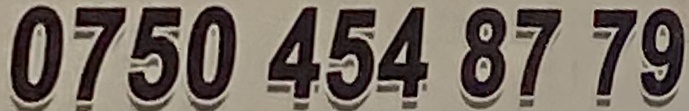
0750 454 87 79